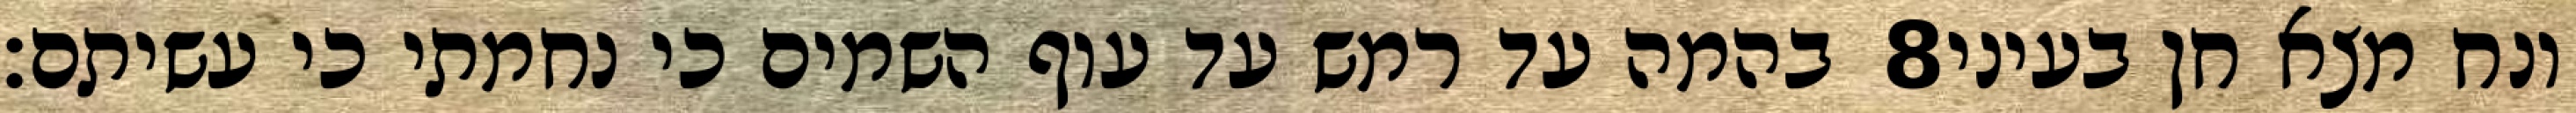
בהמה עד רמש עד עוף השמים כי נחמתי כי עשיתם׃ ‎8‏ ונח מצא חן בעיני